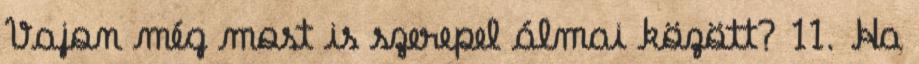
Vajon még most is szerepel álmai között? 11. Ha